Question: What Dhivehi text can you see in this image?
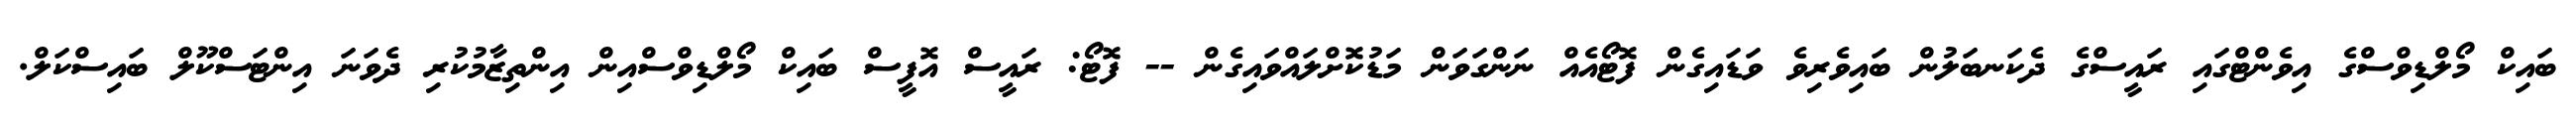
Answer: ބައިކް މޯލްޑިވްސްގެ އިވެންޓްގައި ރައީސްގެ ދެކަނބަލުން ބައިވެރިވެ ވަޑައިގެން ފޮޓޯއެއް ނަންގަވަން މަޑުކޮށްލައްވައިގެން -- ފޮޓޯ: ރައީސް އޮފީސް ބައިކް މޯލްޑިވްސްއިން އިންތިޒާމުކުރި ދެވަނަ އިންޓަސްކޫލް ބައިސްކަލް.